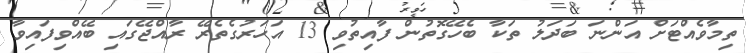
ތިމާވެއްޓަށް އަންނަ ބަދަލު ތަކާ ބެހޭގޮތުން ފާއިތުވި 13 އަހަރުގެތެރޭ ރާއްޖޭގައި ބޭއްވިފައިވާ